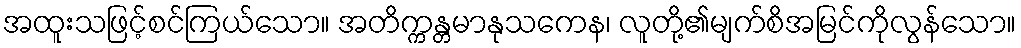
အထူးသဖြင့်စင်ကြယ်သော။ အတိက္ကန္တမာနုသကေန၊ လူတို့၏မျက်စိအမြင်ကိုလွန်သော။